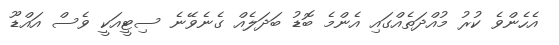
އެހެންވެ ކުރު މުއްދަތެއްގައި އެންމެ ބޮޑު ބަދަލެއް ގެނެވޭނެ ސިޓީއަކީ ވެސް އައްޑޫ